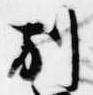
別